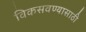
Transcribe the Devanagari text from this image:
विकसवण्यासाठी